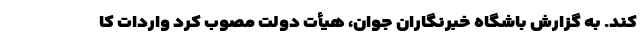
کند. به گزارش باشگاه خبرنگاران جوان، هیأت دولت مصوب کرد واردات کا